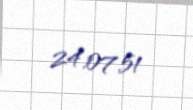
24.07.51